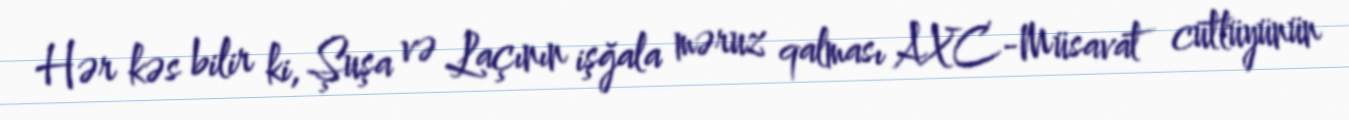
Hər kəs bilir ki, Şuşa və Laçının işğala məruz qalması AXC-Müsavat cütlüyünün